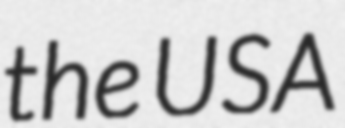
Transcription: the USA